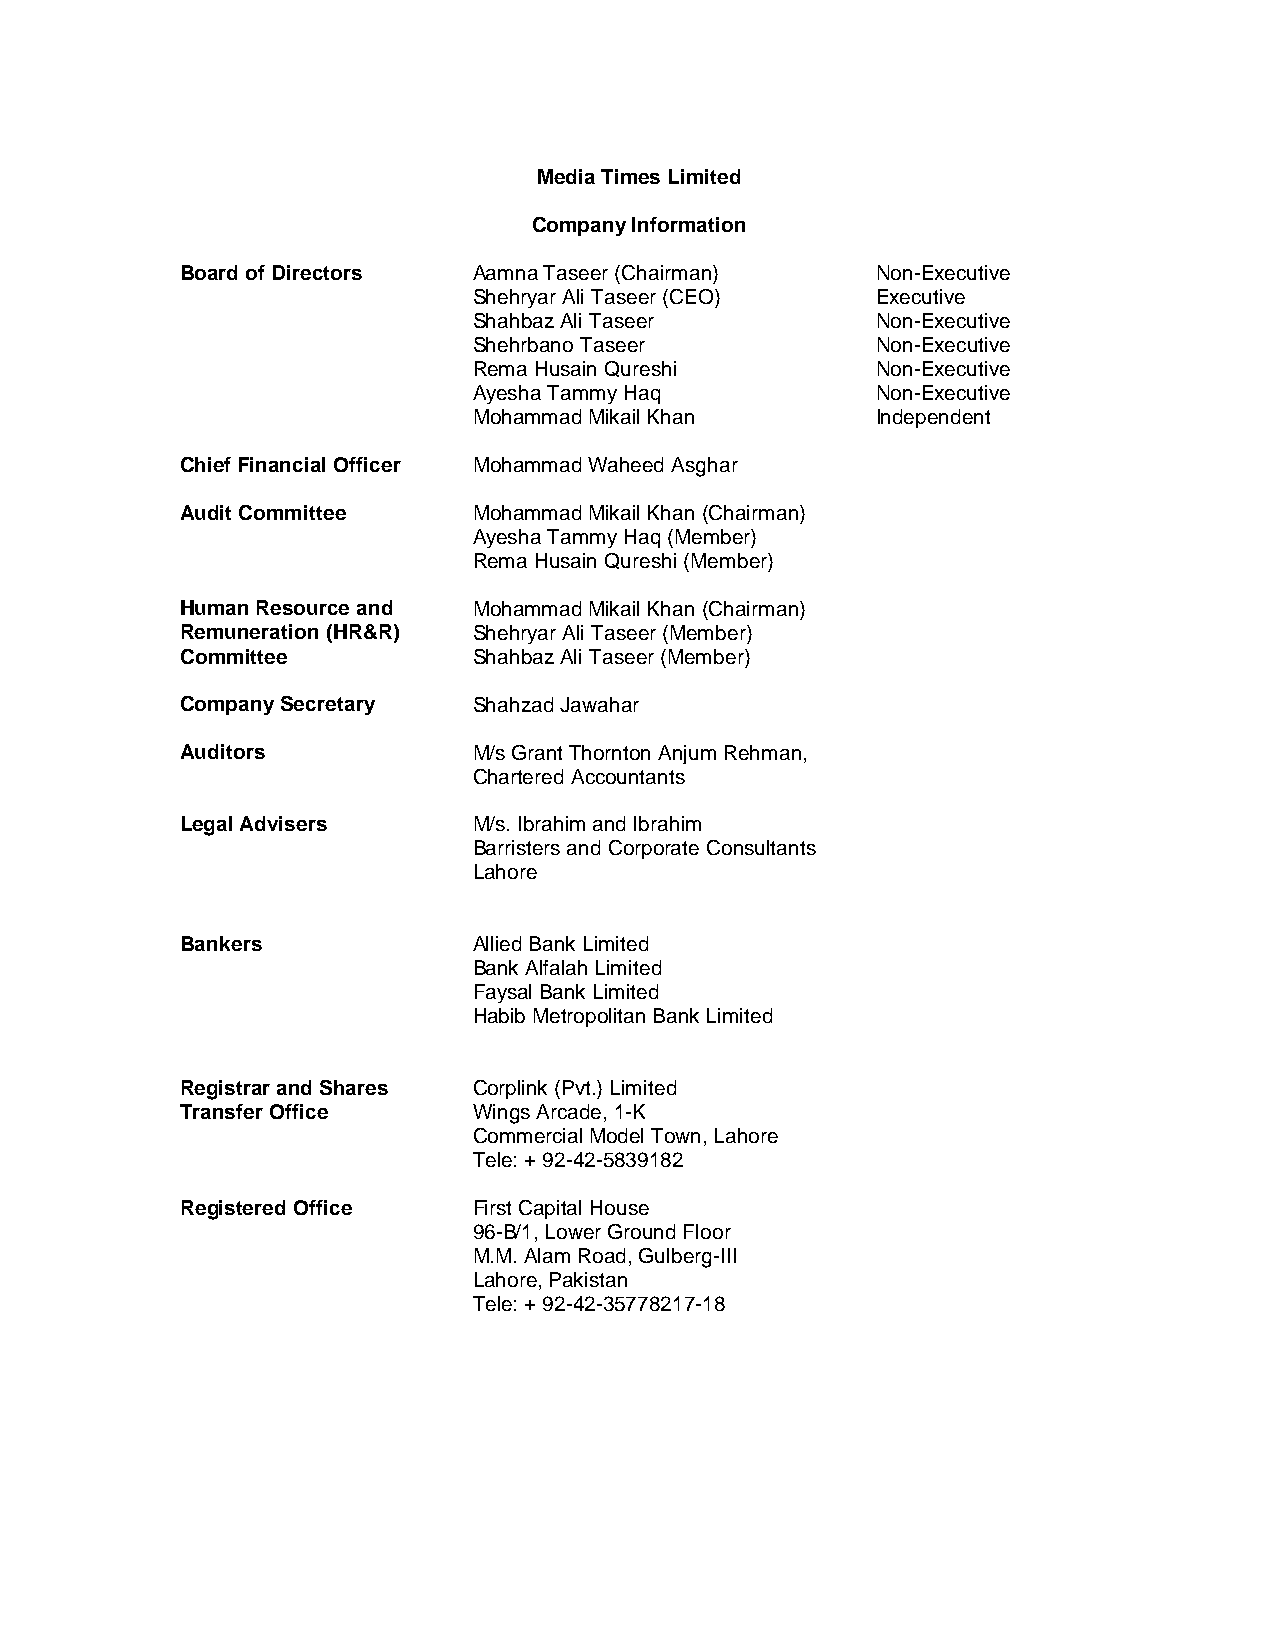
Media Times Limited
 Company Information
 Board of Directors Aamna Taseer (Chairman)    Non-Executive
 Shehryar Ali Taseer (CEO)  Executive
 Shahbaz Ali Taseer         Non-Executive
 Shehrbano Taseer           Non-Executive
 Rema Husain Qureshi        Non-Executive
 Ayesha Tammy Haq           Non-Executive
 Mohammad Mikail Khan       Independent
 Chief Financial Officer Mohammad Waheed Asghar
 Audit Committee    Mohammad Mikail Khan (Chairman)
 Ayesha Tammy Haq (Member)
 Rema Husain Qureshi (Member)
 Human Resource and Mohammad Mikail Khan (Chairman)
 Remuneration (HR&R) Shehryar Ali Taseer (Member)
 Committee          Shahbaz Ali Taseer (Member)
 Company Secretary  Shahzad Jawahar
 Auditors           M/s Grant Thornton Anjum Rehman,
 Chartered Accountants
 Legal Advisers     M/s. Ibrahim and Ibrahim
 Barristers and Corporate Consultants
 Lahore
 Bankers            Allied Bank Limited
 Bank Alfalah Limited
 Faysal Bank Limited
 Habib Metropolitan Bank Limited
 Registrar and Shares Corplink (Pvt.) Limited
 Transfer Office    Wings Arcade, 1-K
 Commercial Model Town, Lahore
 Tele: + 92-42-5839182
 Registered Office  First Capital House
 96-B/1, Lower Ground Floor
 M.M. Alam Road, Gulberg-III
 Lahore, Pakistan
 Tele: + 92-42-35778217-18